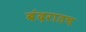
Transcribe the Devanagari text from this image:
बंदरातच